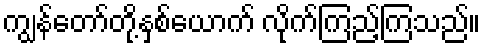
ကျွန်တော်တို့နှစ်ယောက် လိုက်ကြည့်ကြသည်။